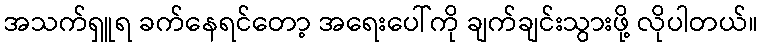
အသက်ရှူရ ခက်နေရင်တော့ အရေးပေါ်ကို ချက်ချင်းသွားဖို့ လိုပါတယ်။